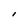
Character: I